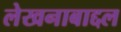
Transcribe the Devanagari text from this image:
लेखनाबाद्दल